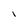
Character: l